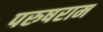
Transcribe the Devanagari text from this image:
परुषराम